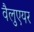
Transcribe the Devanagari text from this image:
वैलुएयर